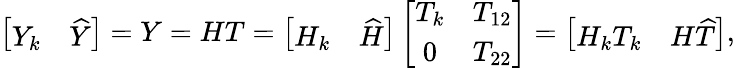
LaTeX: \left[\begin{array}{ll}{Y_{k}}&{\widehat{Y}}\end{array}\right]=Y=HT=\left[\begin{array}{ll}{H_{k}}&{\widehat{H}}\end{array}\right]\left[\begin{array}{cc}{T_{k}}&{T_{12}}\\ {0}&{T_{22}}\end{array}\right]=\left[\begin{array}{ll}{H_{k}T_{k}}&{H\widehat{T}}\end{array}\right],